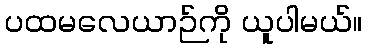
ပထမလေယာဉ်ကို ယူပါမယ်။